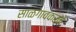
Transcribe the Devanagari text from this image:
साळगावकरने